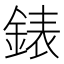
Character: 錶